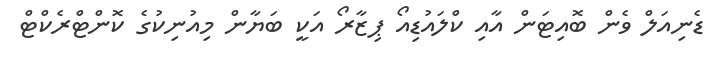
ޑެނިއަލް ވެން ބޮއިޓަން އާއި ކްލައުޑިއޯ ޕިޒާރޯ އަކީ ބަޔާން މިއުނިކުގެ ކޮންޓްރެކްޓް